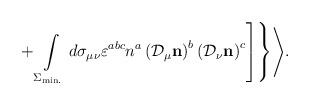
LaTeX: \begin{align*}\left.\left.+\int\limits_{\Sigma_{\rm min.}}^{}d\sigma_{\mu\nu}\varepsilon^{abc}n^a\left({\cal D}_\mu{\bf n}\right)^b\left({\cal D}_\nu{\bf n}\right)^c\right]\right\}\Biggr>.\end{align*}